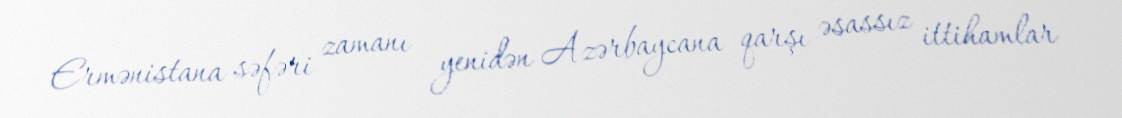
Ermənistana səfəri zamanı yenidən Azərbaycana qarşı əsassız ittihamlar